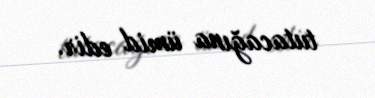
tutacağına ümid edir.